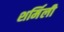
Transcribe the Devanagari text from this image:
शर्मिली